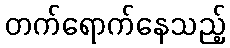
တက်ရောက်နေသည့်